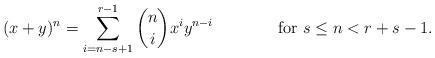
LaTeX: \begin{align*} (x+y)^n=\sum_{i=n-s+1}^{r-1} \binom{n}{i}x^iy^{n-i} \qquad\qquad\textup{for $s\leq n< r+s-1$.}\end{align*}